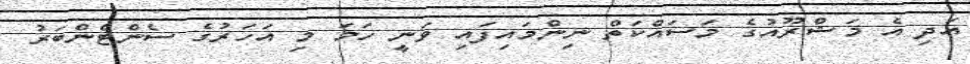
އަދި އެ މަޝްރޫއުގެ މަސައްކަތް ނިންމައިފައި ވަނީ ހަމަ މި އަހަރުގެ ސެންޓެންބަރު